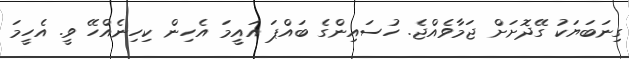
ގިނަބަޔަކު ގޭދޮށަށް ޖަމާވެއްޖެ. ހުސައިންގެ ބައްޕަ އައީމަ އެހިން ކިހިނެއްހޭ ވީ. އެހީމަ